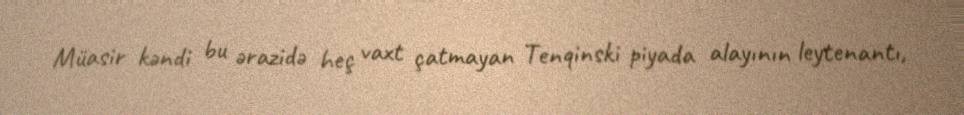
Müasir kəndi bu ərazidə heç vaxt çatmayan Tenqinski piyada alayının leytenantı,